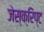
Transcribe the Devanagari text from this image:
जेस्क्रिप्ट